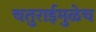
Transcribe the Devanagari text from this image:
चतुराईमुळेच